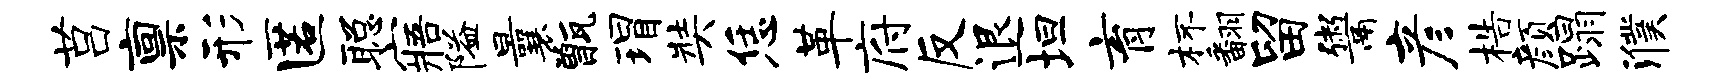
莒禀形匿聪寤隘曩甑瑁奘恁革府反退坦育杯翻留鬻彦梏颜蹋濮